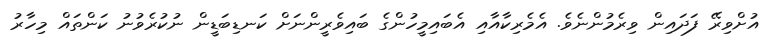
އުށްވިރޭ ފަދައިން ވިރެމުންނެވެ. އެމެރިކާއާއި އެބައިމީހުންގެ ބައިވެރީންނަށް ކަނޑިބަޑީން ނުކުރެވުނު ކަންތައް މިހާރު